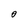
Character: 0